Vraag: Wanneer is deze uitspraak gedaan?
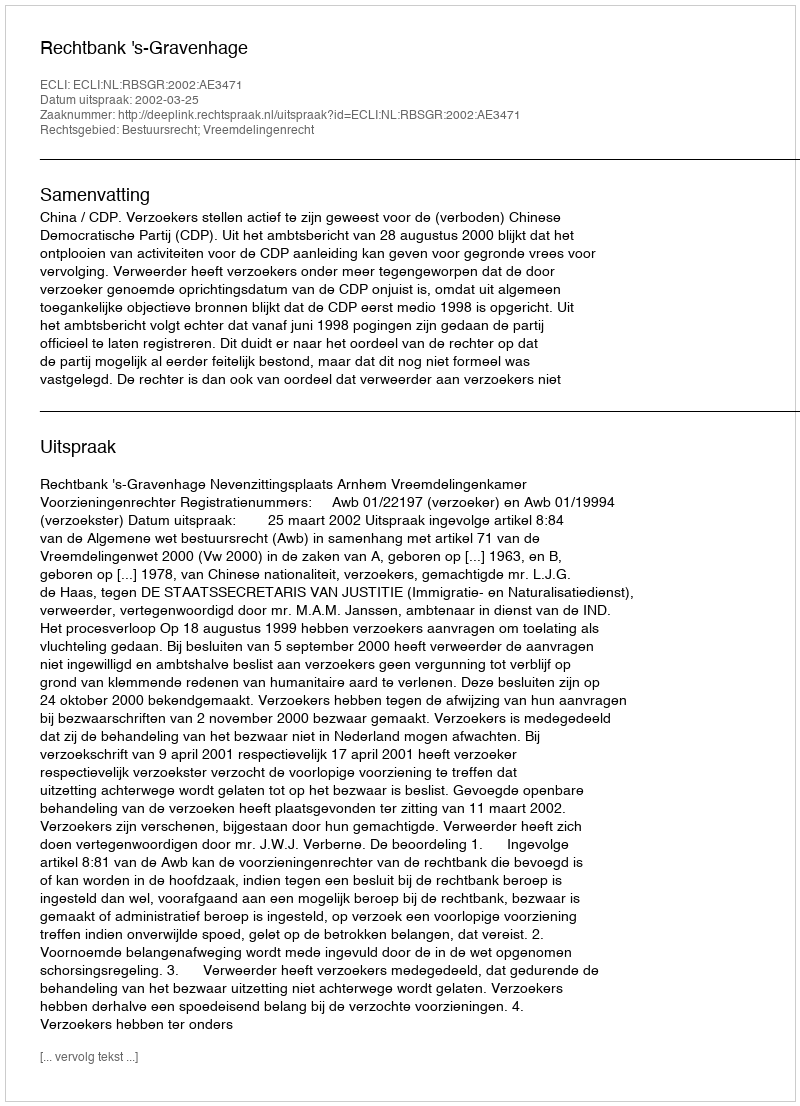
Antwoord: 2002-03-25